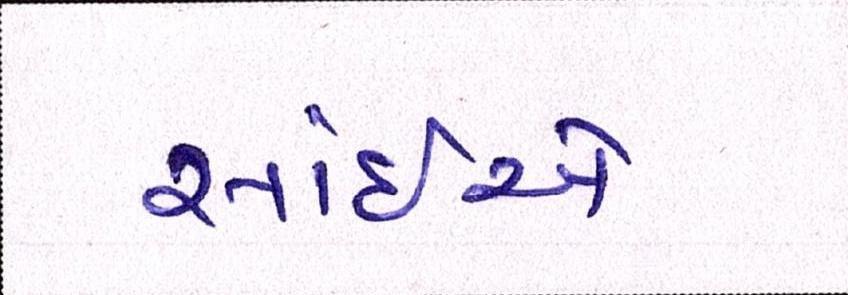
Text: સાંઈએ